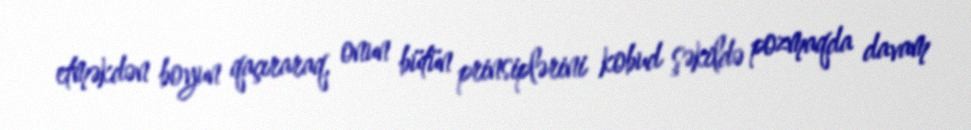
etməkdən boyun qaçıraraq, onun bütün prinsiplərini kobud şəkildə pozmaqda davam